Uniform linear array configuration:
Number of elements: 64
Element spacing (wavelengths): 0.75
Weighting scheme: binomial
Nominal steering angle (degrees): -30
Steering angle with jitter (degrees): -30.281
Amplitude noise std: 0.05
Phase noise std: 0.05

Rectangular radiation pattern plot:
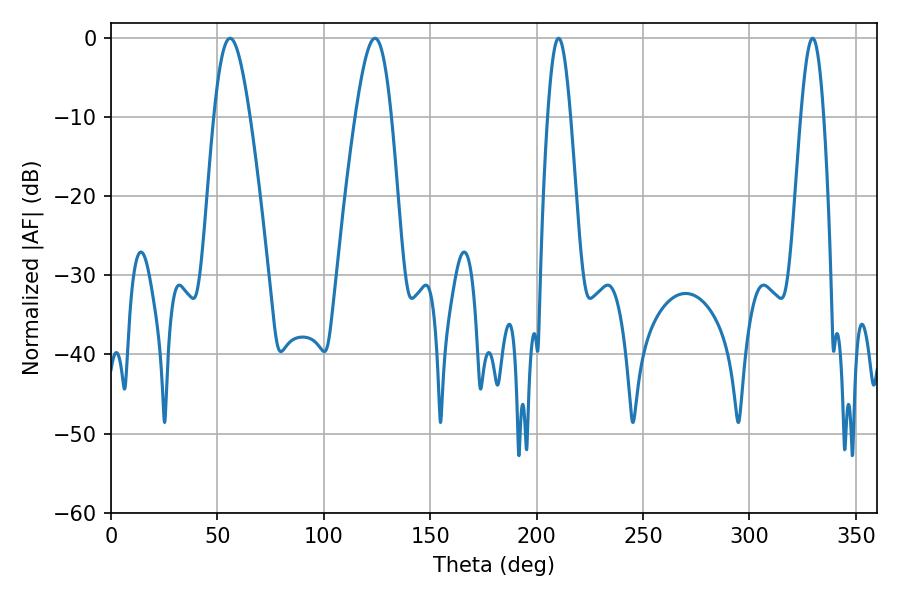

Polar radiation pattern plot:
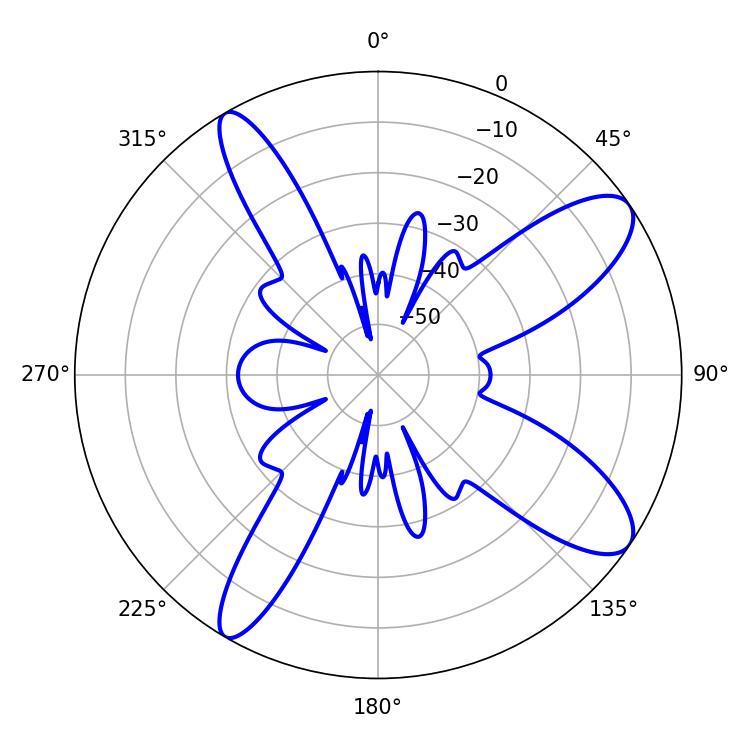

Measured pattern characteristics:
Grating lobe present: TRUE
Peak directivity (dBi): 10.557
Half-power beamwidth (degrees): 9
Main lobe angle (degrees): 55.98